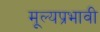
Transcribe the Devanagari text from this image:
मूल्यप्रभावी